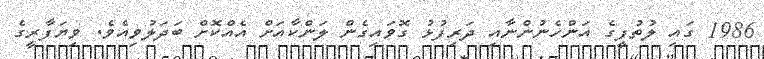
1986 ގައި ލުތުފީގެ އަންހެނުންނާއި ދަރިފުޅު ގޮވައިގެން ލަންކާއަށް އެއްކޮށް ބަދަލުވިއެވެ. ވިޔަފާރީގެ